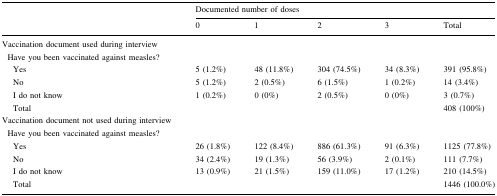
<table><thead><tr><td></td><td colspan="5"><b>Documented number of doses</b></td></tr><tr><td></td><td><b>0</b></td><td><b>1</b></td><td><b>2</b></td><td><b>3</b></td><td><b>Total</b></td></tr></thead><tbody><tr><td>Vaccination document used during interview</td><td></td><td></td><td></td><td></td><td></td></tr><tr><td> Have you been vaccinated against measles?</td><td></td><td></td><td></td><td></td><td></td></tr><tr><td>Yes</td><td>5 (1.2%)</td><td>48 (11.8%)</td><td>304 (74.5%)</td><td>34 (8.3%)</td><td>391 (95.8%)</td></tr><tr><td>No</td><td>5 (1.2%)</td><td>2 (0.5%)</td><td>6 (1.5%)</td><td>1 (0.2%)</td><td>14 (3.4%)</td></tr><tr><td>I do not know</td><td>1 (0.2%)</td><td>0 (0%)</td><td>2 (0.5%)</td><td>0 (0%)</td><td>3 (0.7%)</td></tr><tr><td>Total</td><td></td><td></td><td></td><td></td><td>408 (100%)</td></tr><tr><td>Vaccination document not used during interview</td><td></td><td></td><td></td><td></td><td></td></tr><tr><td> Have you been vaccinated against measles?</td><td></td><td></td><td></td><td></td><td></td></tr><tr><td>Yes</td><td>26 (1.8%)</td><td>122 (8.4%)</td><td>886 (61.3%)</td><td>91 (6.3%)</td><td>1125 (77.8%)</td></tr><tr><td>No</td><td>34 (2.4%)</td><td>19 (1.3%)</td><td>56 (3.9%)</td><td>2 (0.1%)</td><td>111 (7.7%)</td></tr><tr><td>I do not know</td><td>13 (0.9%)</td><td>21 (1.5%)</td><td>159 (11.0%)</td><td>17 (1.2%)</td><td>210 (14.5%)</td></tr><tr><td>Total</td><td></td><td></td><td></td><td></td><td>1446 (100.0%)</td></tr></tbody></table>